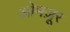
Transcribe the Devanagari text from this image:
ओमज़ूर